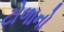
ટોળાનો